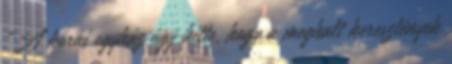
„A korai egyház úgy hitte, hogy a meghalt keresztények